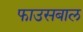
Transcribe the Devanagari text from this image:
फाउसबाल